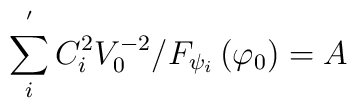
\sum_i^{^{\prime }}C_i^2V_0^{-2}/F_{\psi _i}\left( \varphi _0\right) =A